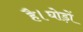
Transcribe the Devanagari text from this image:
है।घोड़ों